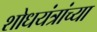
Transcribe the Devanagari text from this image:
शोधयंत्रांच्या